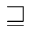
\sqsupseteq